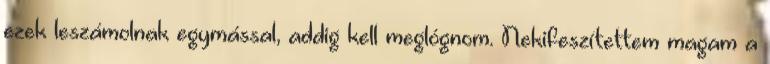
ezek leszámolnak egymással, addig kell meglógnom. Nekifeszítettem magam a